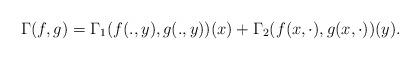
LaTeX: \begin{align*}\Gamma(f,g) = \Gamma_1(f(.,y),g(.,y))(x) + \Gamma_2(f(x,\cdot),g(x,\cdot))(y).\end{align*}